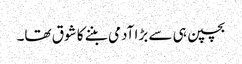
بچپن ہی سے بڑا آدمی بننے کا شوق تھا۔